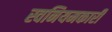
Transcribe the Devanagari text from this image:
स्वनियमकारी